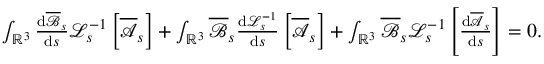
\begin{array} { r } { \int _ { \mathbb { R } ^ { 3 } } \frac { \mathrm { d } \overline { \mathscr { B } } _ { s } } { \mathrm { d } s } \mathcal { L } _ { s } ^ { - 1 } \left[ \overline { { \mathscr { A } } } _ { s } \right] + \int _ { \mathbb { R } ^ { 3 } } \overline { \mathscr { B } } _ { s } \frac { \mathrm { d } \mathcal { L } _ { s } ^ { - 1 } } { \mathrm { d } s } \left[ \overline { { \mathscr { A } } } _ { s } \right] + \int _ { \mathbb { R } ^ { 3 } } \overline { \mathscr { B } } _ { s } \mathcal { L } _ { s } ^ { - 1 } \left[ \frac { \mathrm { d } \overline { { \mathscr { A } } } _ { s } } { \mathrm { d } s } \right] = 0 . } \end{array}